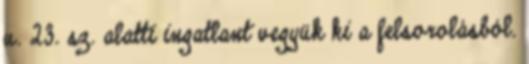
u. 23. sz. alatti ingatlant vegyük ki a felsorolásból.